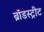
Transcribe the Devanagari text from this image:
ब्रॉडस्ट्रीट